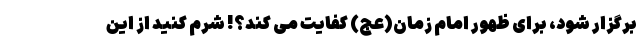
برگزار شود، برای ظهور امام زمان(عج) کفایت می کند؟! شرم کنید از این